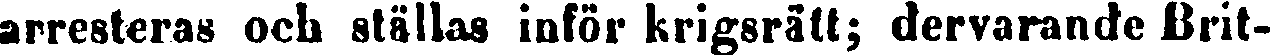
arresteras och ställas inför krigsrätt; dervarande Brit-